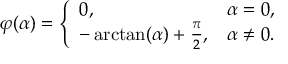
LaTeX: \varphi ( \alpha ) = { \left\{ \begin{array} { l l } { 0 , } & { \alpha = 0 , } \\ { - \arctan ( { \alpha } ) + { \frac { \pi } { 2 } } , } & { \alpha \neq 0 . } \end{array} \right. }